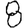
Digit: 8